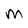
Character: M